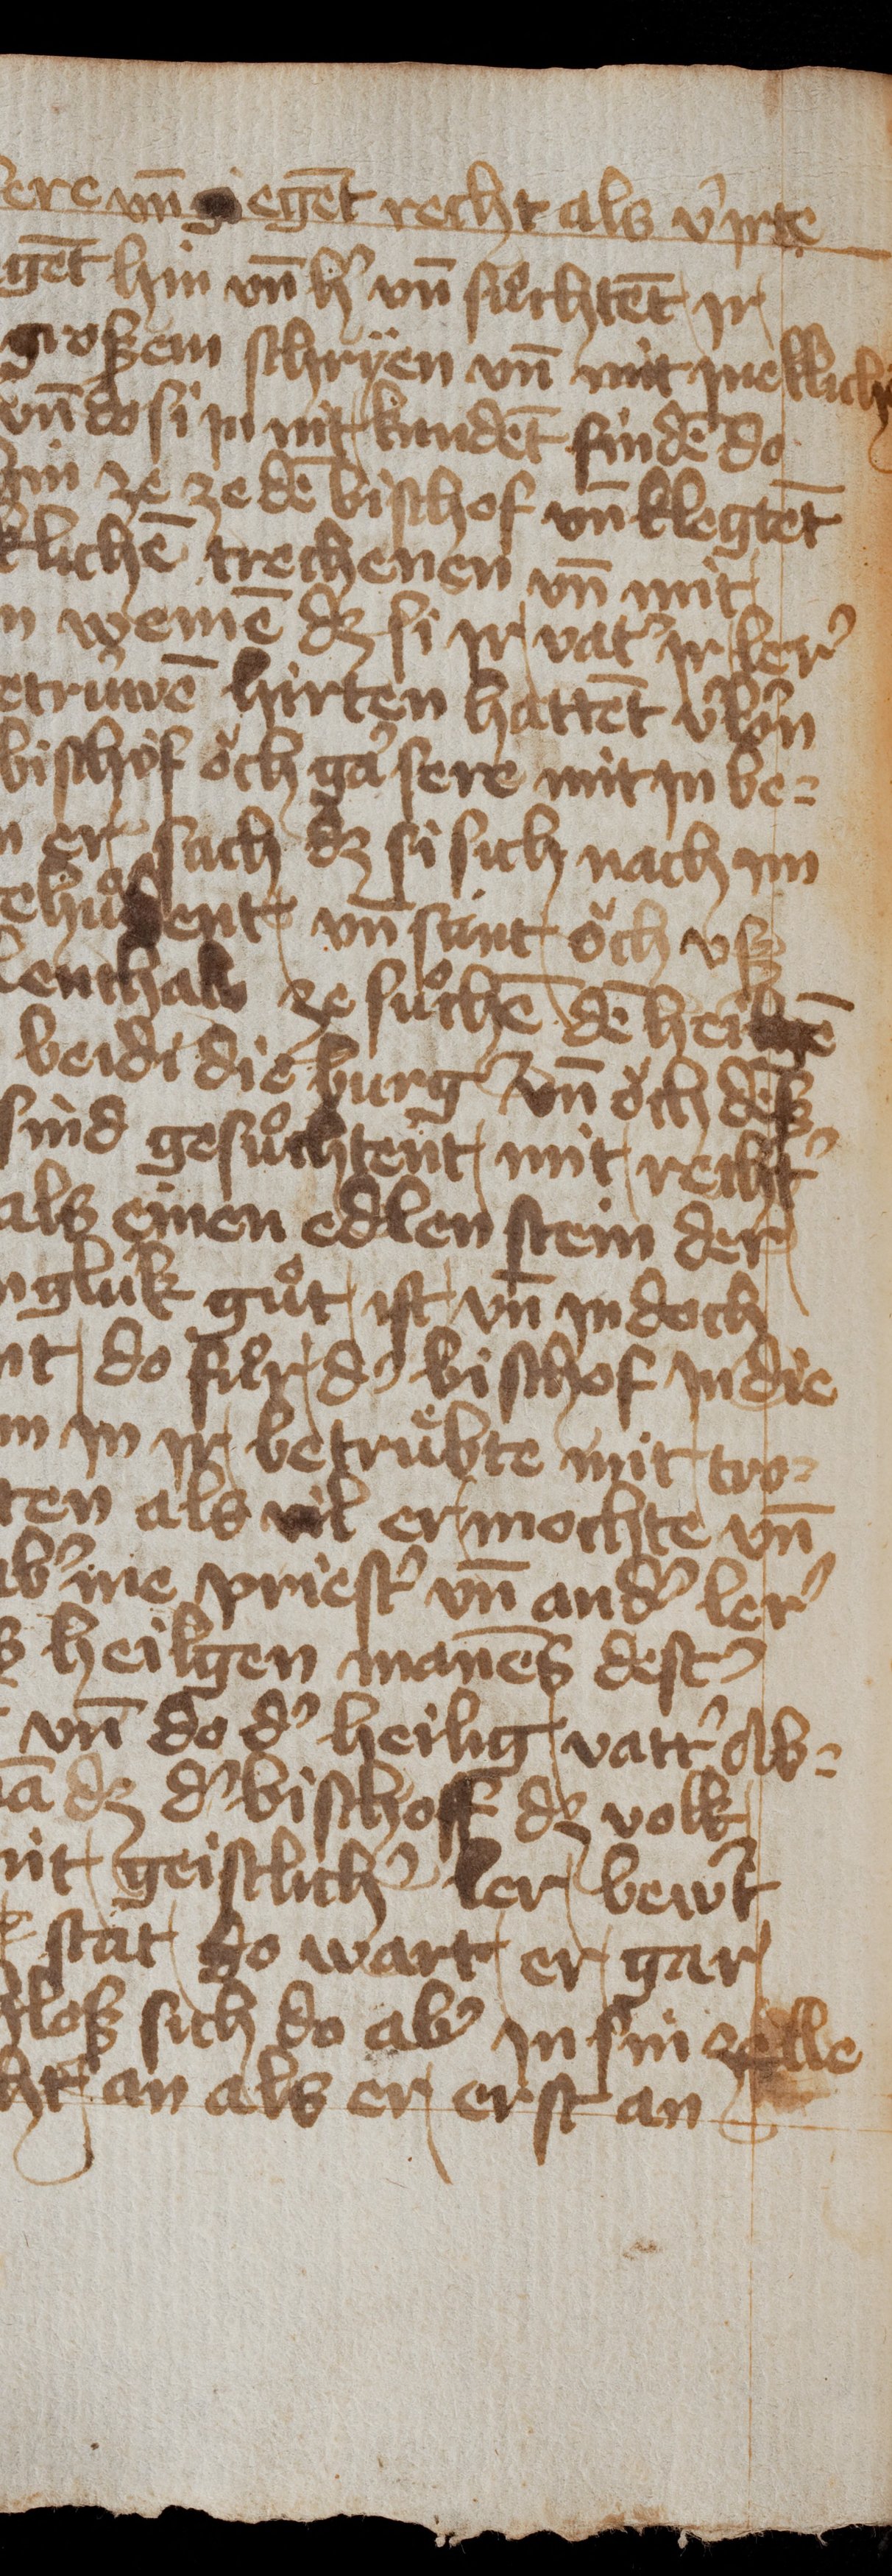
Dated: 1400–1449